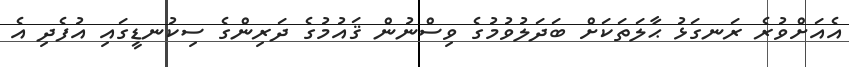
އެއަށްވުރެ ރަނގަޅު ޙާލަތަކަށް ބަދަލުވުމުގެ ވިސްނުން ޤައުމުގެ ދަރިންގެ ސިކުނޑީގައި އުފެދި އެ